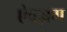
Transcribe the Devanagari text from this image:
ऐवज़ग